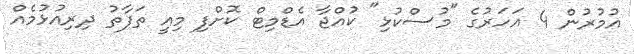
އުމުރުން 4 އަހަރުގެ "މުސްކުޅި" ކުއްޖާ އެޑްމިޓް ކޮށްފި މިއީ ތަފާތު ދިރިއުޅުމެއް